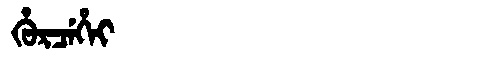
Manchu: ᡥᡠᡵᠴᡝᡥᡝᡳ
Romanization: HURCEHEI